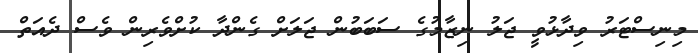
މިނިސްޓަރު ވިދާޅުވީ ޖަލު ނިޒާމުގެ ސަބަބުން ޖަލަށް ގެންދާ ކުށްވެރިން ވެސް ދެއަތް